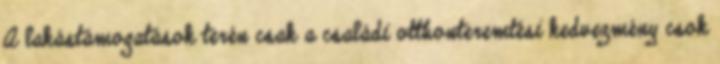
A lakástámogatások terén csak a családi otthonteremtési kedvezmény csok